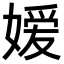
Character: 嫒